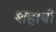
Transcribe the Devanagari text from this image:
शहाबी